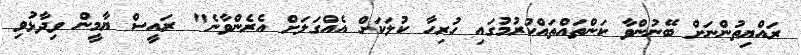
ރައްޔިތުންނަށް ބޭނުންވާ ކަންތައްތައްކުރުމުގައި ހުރިހާ ކުލަކަށް އެއްގަލަށް އެރެންވާނެ" ރައީސް ޔާމީން ވިދާޅުވި